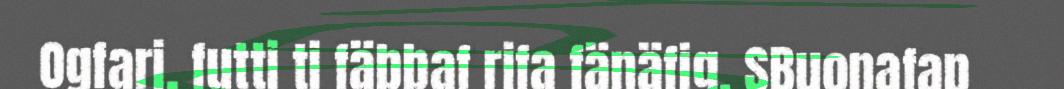
Ogfari, futti ti fäbbaf rifa fänäfig. SBuonafap